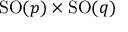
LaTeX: \mathrm { S O } ( p ) \times \mathrm { S O } ( q )